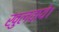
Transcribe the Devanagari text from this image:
खुलवाये।